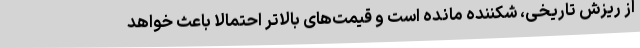
از ریزش تاریخی، شکننده مانده است و قیمت‌های بالاتر احتمالا باعث خواهد